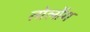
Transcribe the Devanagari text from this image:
तोलोंग